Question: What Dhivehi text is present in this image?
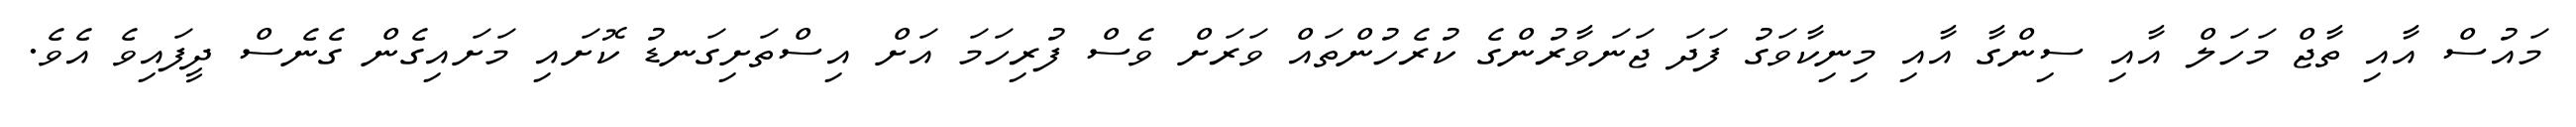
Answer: މައުސް އާއި ތާޖް މަހަލް އާއި ސިންގާ އާއި މިނިކާވަގު ފަދަ ޖަނަވާރުންގެ ކުރެހުންތައް ވަރަށް ވެސް ފުރިހަމަ އަށް އިސްތަށިގަނޑު ކޮށައި މަށައިގެން ގެނެސް ދީފައިވެ އެވެ.